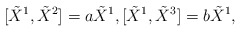
\begin{align*}[\tilde{X}^{1},\tilde{X}^{2}]=a\tilde{X}^{1},[\tilde{X}^{1},\tilde{X}^{3}]=b\tilde{X}^{1},\end{align*}